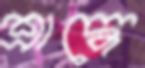
শ্রাদ্ধে